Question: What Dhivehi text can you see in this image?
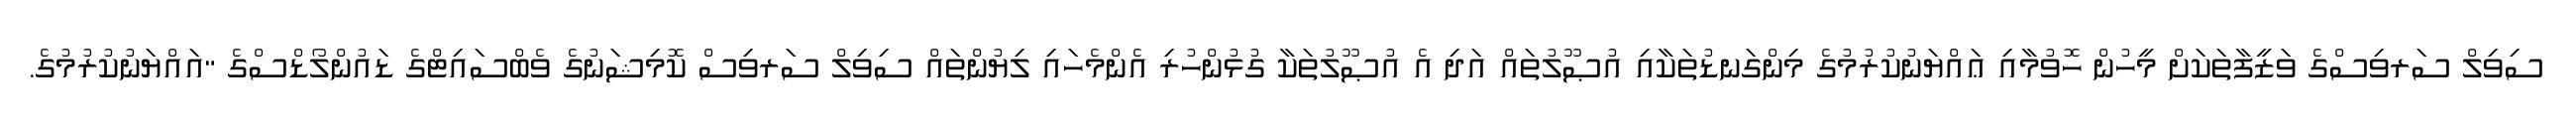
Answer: ސިވިލް ސަރވިސްގެ ވަޒީފާތަކަށް މީހުން ހޮވުމާއި ޢައްޔަނުކުރުމުގެ މިންގަނޑުތަކާއި އުޞޫލުތައް އަދި އެ އުޞޫލުތަކާ ގުޅުންހުރި އެންމެހައި ލިޔުންތައް ސިވިލް ސަރވިސް ކޮމިޝަނުގެ ވެބްސައިޓްގެ ޑައުންލޯޑްސްގެ "އައްޔަނުކުރުމުގެ.